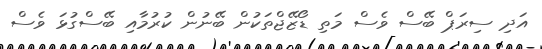
އަދި ސިރަޕް ބޭސް ވެސް މަތި ޑޯޒޭޖްތަކުން ބޭނުން ކުރުމާއި ބޭސްގުޅަ ވެސް